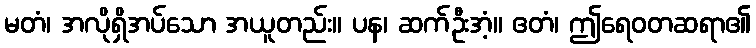
မတံ၊ အလိုရှိအပ်သော အယူတည်း။ ပန၊ ဆက်ဦးအံ့။ ဧတံ၊ ဤရေဝတဆရာ၏